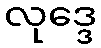
လုဒ္ဒေ